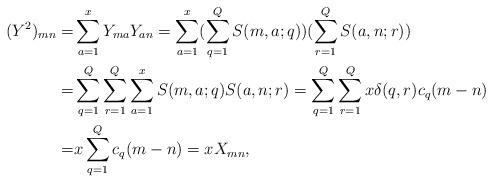
LaTeX: \begin{align*}(Y^2)_{mn}= & \sum_{a=1}^x Y_{m a} Y_{a n} =\sum_{a=1}^x (\sum_{q=1}^Q S(m,a;q)) (\sum_{r=1}^Q S(a,n;r)) \\ =& \sum_{q=1}^Q \sum_{r=1}^Q \sum_{a=1}^x S(m,a;q) S(a,n;r) = \sum_{q=1}^Q \sum_{r=1}^Q x \delta (q,r) c_q (m-n) \\= & x \sum_{q=1}^Q c_q(m-n)=x X_{mn},\end{align*}